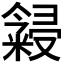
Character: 𬖳